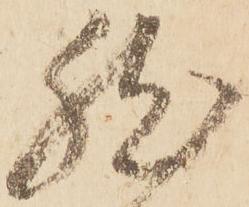
然